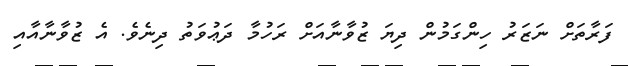
ފަރާތަށް ނަޒަރު ހިންގަމުން ދިޔަ ޒުވާނާއަށް ރަހުމާ ދަޢުވަތު ދިނެވެ. އެ ޒުވާނާއާއި